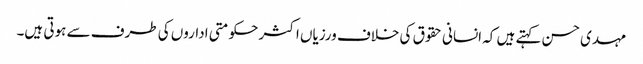
مہدی حسن کہتے ہیں کہ انسانی حقوق کی خلاف ورزیاں اکثر حکومتی اداروں کی طرف سے ہوتی ہیں۔